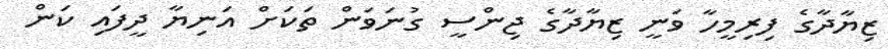
ޒިޔާދާގެ ފިރިމީހާ ވަނީ ޒިޔާދާގެ ޖިންސީ ގުނަވަން ތަކަށް އަނިޔާ ދީފައި ކަން